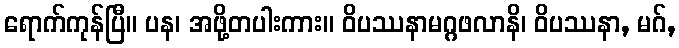
ရောက်ကုန်ပြီ။ ပန၊ အဖို့တပါးကား။ ဝိပဿနာမဂ္ဂဖလာနိ၊ ဝိပဿနာ, မဂ်,